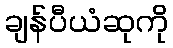
ချန်ပီယံဆုကို